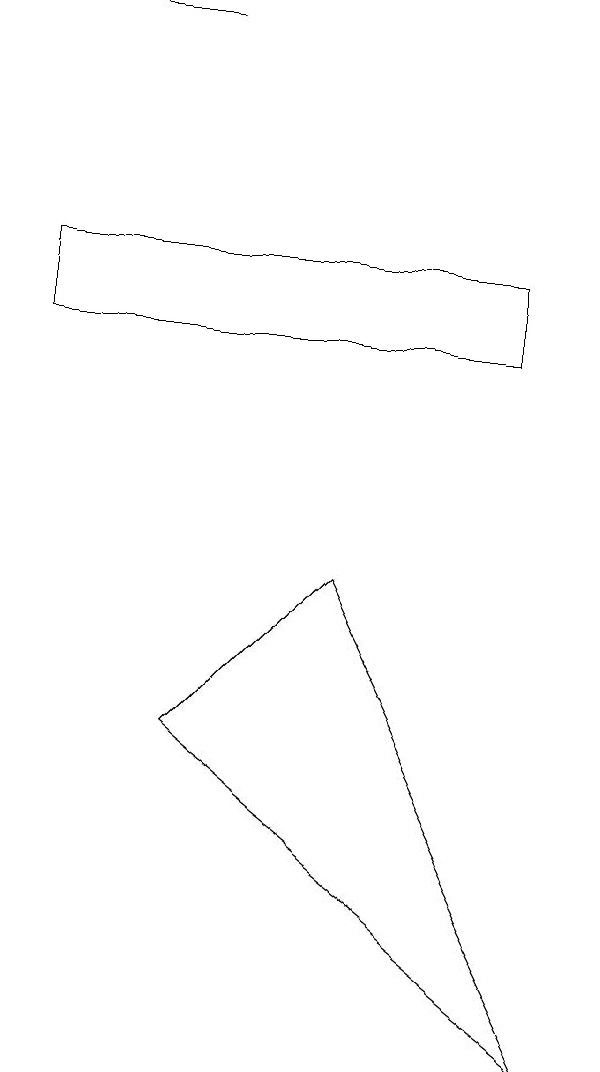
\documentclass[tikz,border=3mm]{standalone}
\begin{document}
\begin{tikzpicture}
\draw (2,14) rectangle (1,14);
\draw (7,1) -- (4,7) -- (2,5) -- cycle;
\draw (0,10) rectangle (6,11);
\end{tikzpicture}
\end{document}